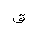
Letter: _qaf